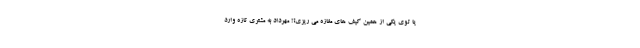
یا توی یکی از همین کیف های مغازه می ریزی؟! مهرداد به مشتری تازه وارد